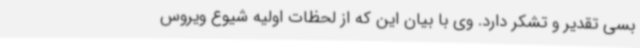
بسی تقدیر و تشکر دارد. وی با بیان این که از لحظات اولیه شیوع ویروس